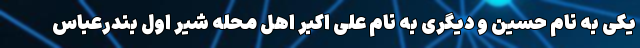
یکی به نام حسین و دیگری به نام علی اکبر اهل محله شیر اول بندرعباس